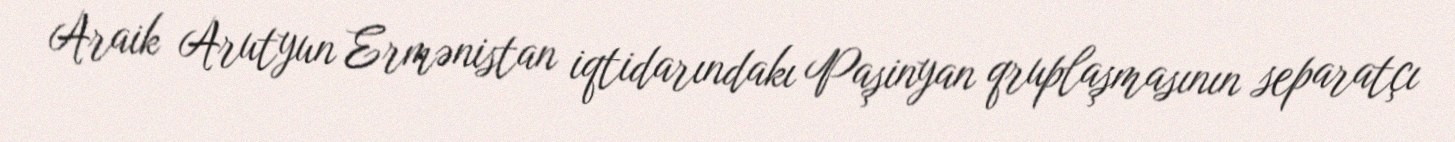
Araik Arutyun Ermənistan iqtidarındakı Paşinyan qruplaşmasının separatçı